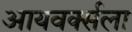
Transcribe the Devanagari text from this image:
आयवर्क्सला